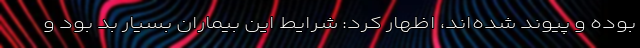
بوده‌ و پیوند شده‌اند، اظهار کرد: شرایط این بیماران بسیار بد بود و